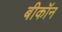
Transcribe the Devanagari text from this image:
बीकॉन